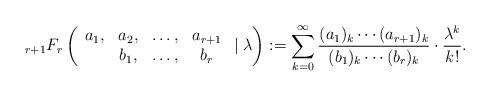
LaTeX: \begin{align*}{_{r+1}}F_{r}\left(\begin{array}{cccc} a_1, & a_2, & \ldots, & a_{r+1} \\ & b_1, & \ldots, & b_r \end{array}\mid \lambda\right):=\sum_{k=0}^{\infty}\frac{(a_1)_k\cdots(a_{r+1})_k}{(b_1)_k\cdots(b_r)_k}\cdot\frac{\lambda^k}{k!}.\end{align*}